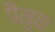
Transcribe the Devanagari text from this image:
पैमुक